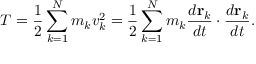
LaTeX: T = { \frac { 1 } { 2 } } \sum _ { k = 1 } ^ { N } m _ { k } v _ { k } ^ { 2 } = { \frac { 1 } { 2 } } \sum _ { k = 1 } ^ { N } m _ { k } { \frac { d \mathbf { r } _ { k } } { d t } } \cdot { \frac { d \mathbf { r } _ { k } } { d t } } .